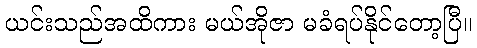
ယင်းသည်အထိကား မယ်အိုဇာ မခံရပ်နိုင်တော့ပြီ။